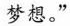
梦想。”